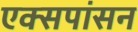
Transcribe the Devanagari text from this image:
एक्सपांसन